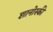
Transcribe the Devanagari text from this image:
शानोस्की